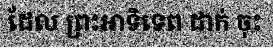
ដែល ព្រះអាទិទេព ដាក់ ចុះ